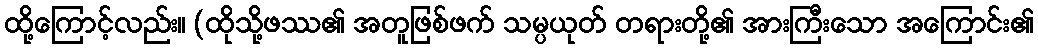
ထို့ကြောင့်လည်း။ (ထိုသို့ဖဿ၏ အတူဖြစ်ဖက် သမ္ပယုတ် တရားတို့၏ အားကြီးသော အကြောင်း၏